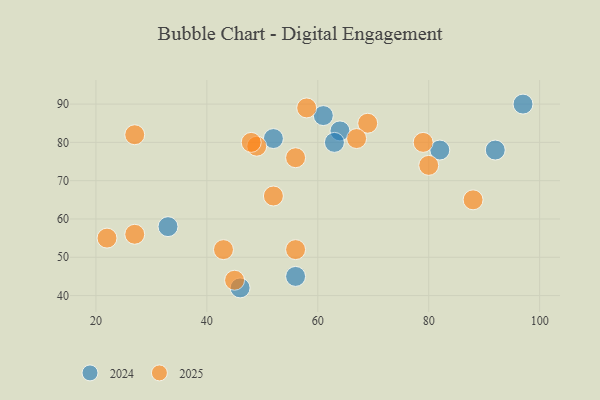
{"axis": {"x": "GDP", "y": "Life Expectancy"}, "legend": ["2024", "2025"], "data": [{"x": "92", "y": 78, "type": "2024"}, {"x": "46", "y": 42, "type": "2024"}, {"x": "64", "y": 83, "type": "2024"}, {"x": "82", "y": 78, "type": "2024"}, {"x": "52", "y": 81, "type": "2024"}, {"x": "61", "y": 87, "type": "2024"}, {"x": "63", "y": 80, "type": "2024"}, {"x": "97", "y": 90, "type": "2024"}, {"x": "56", "y": 45, "type": "2024"}, {"x": "33", "y": 58, "type": "2024"}, {"x": "58", "y": 89, "type": "2025"}, {"x": "49", "y": 79, "type": "2025"}, {"x": "52", "y": 66, "type": "2025"}, {"x": "43", "y": 52, "type": "2025"}, {"x": "48", "y": 80, "type": "2025"}, {"x": "27", "y": 56, "type": "2025"}, {"x": "69", "y": 85, "type": "2025"}, {"x": "45", "y": 44, "type": "2025"}, {"x": "80", "y": 74, "type": "2025"}, {"x": "67", "y": 81, "type": "2025"}, {"x": "27", "y": 82, "type": "2025"}, {"x": "56", "y": 76, "type": "2025"}, {"x": "79", "y": 80, "type": "2025"}, {"x": "88", "y": 65, "type": "2025"}, {"x": "22", "y": 55, "type": "2025"}, {"x": "56", "y": 52, "type": "2025"}]}